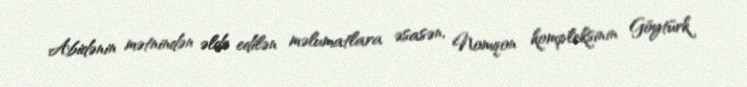
Abidənin mətnindən əldə edilən məlumatlara əsasən, Nomqon kompleksinin Göytürk